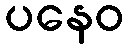
ပနေဝ